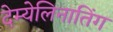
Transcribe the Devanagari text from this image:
देम्येलिनातिंग